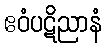
ဧဝံပဋိညာနံ